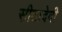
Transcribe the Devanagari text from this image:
सीतादेवी